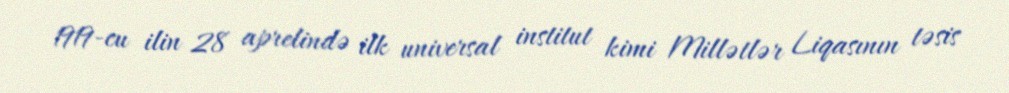
1919-cu ilin 28 aprelində ilk universal institut kimi Millətlər Liqasının təsis